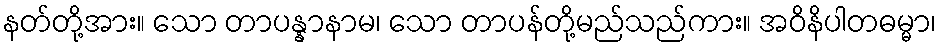
နတ်တို့အား။ သော တာပန္နာနာမ၊ သော တာပန်တို့မည်သည်ကား။ အဝိနိပါတဓမ္မာ၊